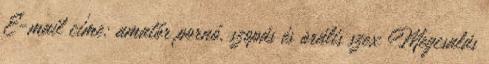
E-mail címe: amatőr pornó, szopás és orális szex Megcsalás